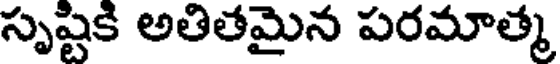
సృష్టికి అతితమైన పరమాత్మ